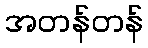
အတန်တန်